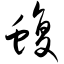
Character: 蝮